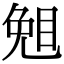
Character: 𥇅